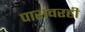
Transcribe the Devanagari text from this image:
पारावरही